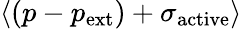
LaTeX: \langle(p-p_{\mathrm{ext}})+\sigma_{\mathrm{active}}\rangle